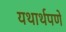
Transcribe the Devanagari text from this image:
यथार्थपणे